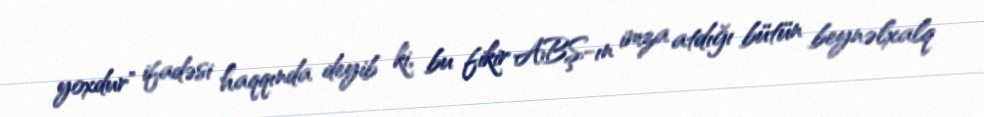
yoxdur" ifadəsi haqqında deyib ki, bu fikir ABŞ-ın imza atdığı bütün beynəlxalq